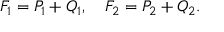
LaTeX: F _ { 1 } = P _ { 1 } + Q _ { 1 } , \quad F _ { 2 } = P _ { 2 } + Q _ { 2 } .